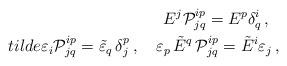
LaTeX: \begin{align*}E^j{\cal P}^{ip}_{jq}=E^p\delta ^i_q\,,\ \ \\tilde{\varepsilon}_i{\cal P}^{ip}_{jq}=\tilde{\varepsilon}_q\,\delta^p_j\,,\ \ \ \varepsilon _p\,\tilde{E}^q\,{\cal P}^{ip}_{jq}=\tilde{E}^i\varepsilon _j\,, \end{align*}